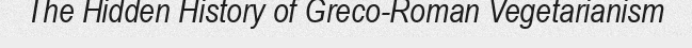
The Hidden History of Greco-Roman Vegetarianism